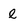
Character: l